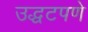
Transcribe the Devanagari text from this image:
उद्धटपणे